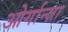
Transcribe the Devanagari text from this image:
ओर्गान्ज़ा